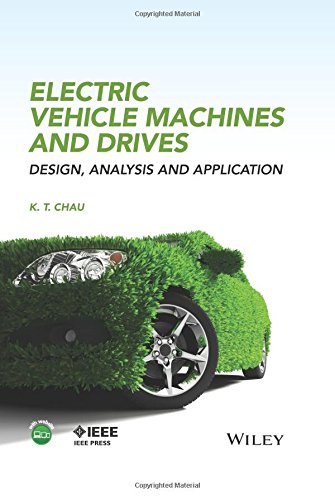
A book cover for Electric Vehicle Machines and Drives: Design, Analysis and Application; K. T. Chau; Engineering & Transportation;